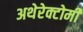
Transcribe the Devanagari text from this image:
अथेरेक्टोमी